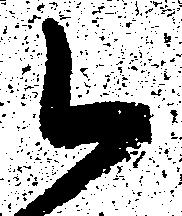
令